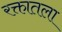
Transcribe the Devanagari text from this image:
रक्तातला